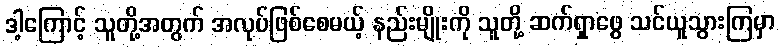
ဒါ့ကြောင့် သူတို့အတွက် အလုပ်ဖြစ်စေမယ့် နည်းမျိုးကို သူတို့ ဆက်ရှာဖွေ သင်ယူသွားကြမှာ